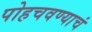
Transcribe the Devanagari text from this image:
पोहचवण्याचं